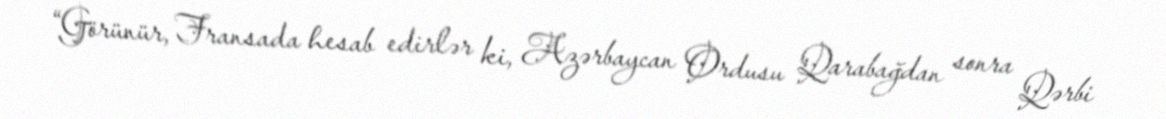
“Görünür, Fransada hesab edirlər ki, Azərbaycan Ordusu Qarabağdan sonra Qərbi